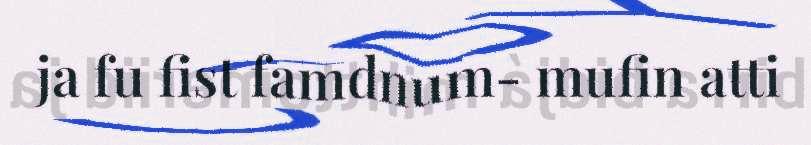
ja fu fist famdnum- mufin atti